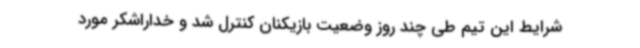
شرایط این تیم طی چند روز وضعیت بازیکنان کنترل ‌شد و خداراشکر مورد